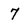
Character: 7